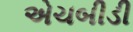
એચબીડી